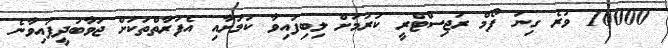
10000 ވުރެ ގިނަ ފޯމް ރަޖިސްޓްރީ ކުރުމަށް ލިބިފައިވާ ކަމަށާއި އެފަރާތްތަކަށް ޖަވާބުދީފައިވާނެ